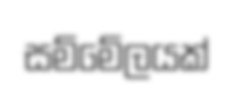
සම්මේලයක්